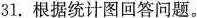
31.根据统计图回答问题。